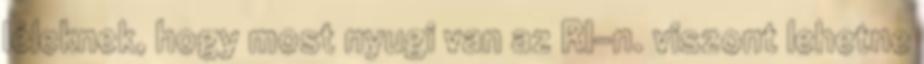
léleknek, hogy most nyugi van az RI-n. viszont lehetne